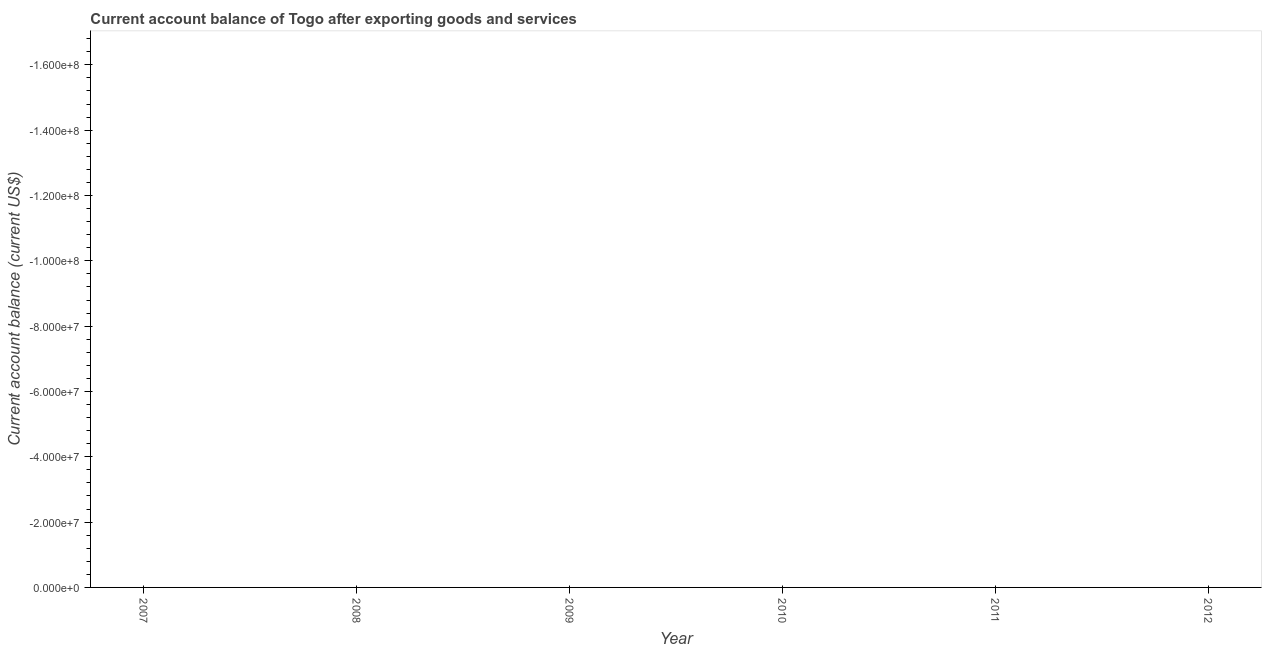
| Year | Current account balance |
 | --- | --- |
 | 2007 | -2.16e+08 |
 | 2008 | -2.22e+08 |
 | 2009 | -1.77e+08 |
 | 2010 | -2e+08 |
 | 2011 | -3.02e+08 |
 | 2012 | -2.94e+08 |